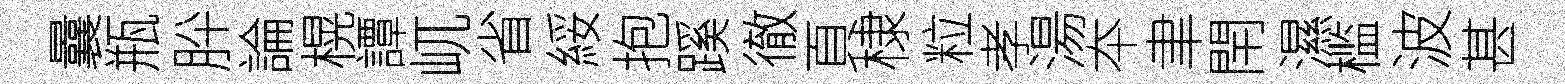
曩瓶肸論榥譚屼省綏抱蹊徹頁棣粒孝湯夲聿閈濕槛波甚